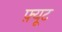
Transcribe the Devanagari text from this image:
फ़्यूट